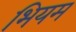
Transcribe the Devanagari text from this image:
भियम